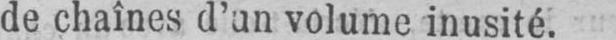
de chaînes d’un volume inusité.